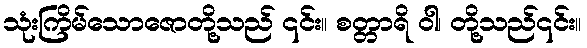
သုံးကြိမ်သောဇောတို့သည် ၎င်း။ စတ္တာရိ ဝါ၊ တို့သည်၎င်း။